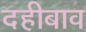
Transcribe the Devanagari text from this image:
दहीबाव